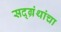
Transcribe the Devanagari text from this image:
सद्ग्रंथांचा